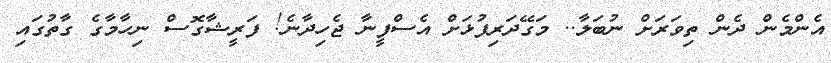
އެންމެން ދެން ތިވަރަށް ނުބަލާ.. މަގޭދަރިފުޅަށް އެސްފީނާ ޖެހިދާނެ! ފަރީޝާގޮސް ނިހާމާގެ ގާތުގައި